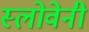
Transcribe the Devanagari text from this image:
स्लोवेनी